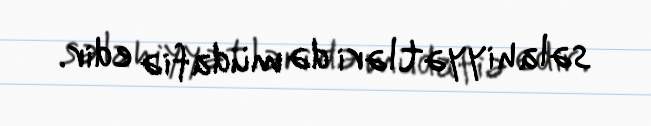
səlahiyyətləri də müdafiə edir.